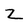
Character: Z